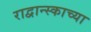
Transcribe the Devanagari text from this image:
राद्वान्स्काच्या